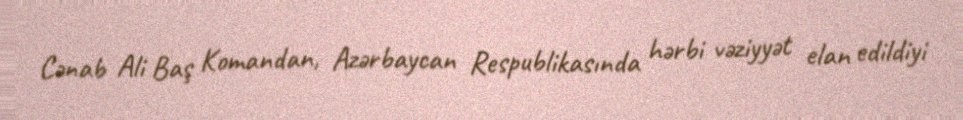
Cənab Ali Baş Komandan, Azərbaycan Respublikasında hərbi vəziyyət elan edildiyi